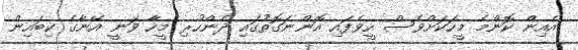
އެއިން ކޮންމެ މީހަކަށްވެސް ހީވެފައި އޮންނަގޮތުގައި ދެންހުރި މީހާ ވަނީ އޭނާގެ ކިބައިން